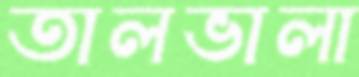
তালভালা